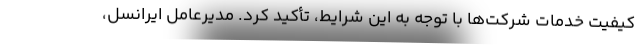
کیفیت خدمات شرکت‌ها با توجه به این شرایط، تأکید کرد. مدیرعامل ایرانسل،